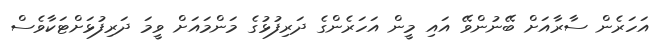
އަހަރެން ސާރާއަށް ބޭނުންވޭ އައި މީން އަހަރެންގެ ދަރިފުޅުގެ މަންމައަށް ވީމަ ދަރިފުޅަށްޓަކާވެސް